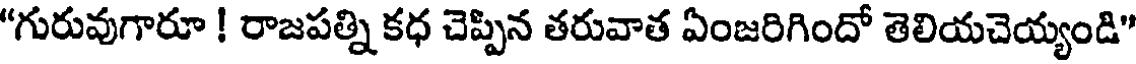
"గురువుగారూ ! రాజపత్ని కధ చెప్పిన తరువాత ఏంజరిగిందో తెలియచెయ్యండి"